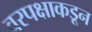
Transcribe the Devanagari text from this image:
वरपक्षाकडून